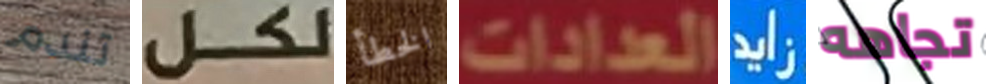
تندم لكل الخطأ العدادات زايد تجاهه